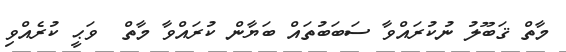
މާތް ޤަބޫލު ނުކުރައްވާ ސަބަބުތައް ބަޔާން ކުރައްވާ މާތް  ވަޙީ ކުރެއްވި